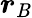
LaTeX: \boldsymbol{r}_{\mathit{B}}